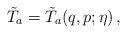
\begin{align*}\tilde T_a=\tilde T_a(q,p;\eta)\,,\end{align*}